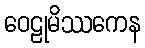
ဝေဠုမိဿကေန